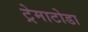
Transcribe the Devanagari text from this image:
ट्रेमाटोडा